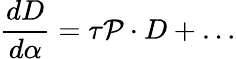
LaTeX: {\frac{dD}{d\alpha}}=\tau{\cal P}\cdot D+\dots